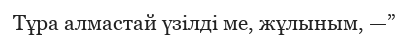
Тұра алмастай үзілді ме, жұлыным, —”